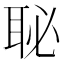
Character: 䎵